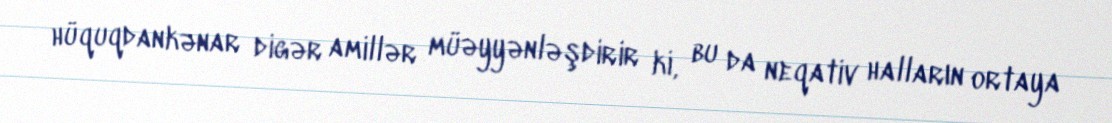
hüquqdankənar digər amillər müəyyənləşdirir ki, bu da neqativ halların ortaya